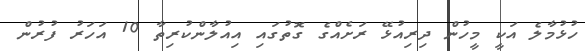
ހުޅުމާލެ އަކީ މީހުން ދިރިއުޅޭ ރަށެއްގެ ގޮތުގައި އިއުލާންކުރިތާ 10 އަހަރު ފުރުން